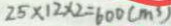
2 5 \times 1 2 \times 2 = 6 0 0 ( m ^ { 3 } )